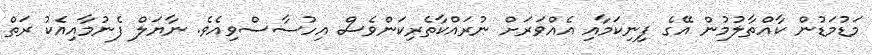
މަޑުމަޑުން ކާއްތާލުމުން އޭގެ ފިނިކަމާއި އެއްވަރަށް ނުރައްކާތެރިކަންވެސް އިހުސާސްވިއެވެ. ނާޔަލް ފެނުމާއިއެކު ރަތް